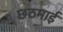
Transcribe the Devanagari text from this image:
छठमाई